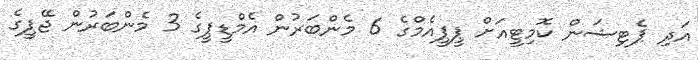
އަދި ޕެޓިޝަން ކޮމިޓީއަށް ޕީޕީއެމްގެ 6 މެންބަރުން އެމްޑީޕީގެ 3 މެންބަރުން ޖޭޕީގެ